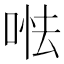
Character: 𠵐